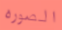
الصوره